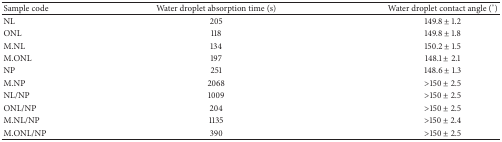
<table><thead><tr><td><b>Sample code</b></td><td><b>Water droplet absorption time (s)</b></td><td><b>Water droplet contact angle (°)</b></td></tr></thead><tbody><tr><td>NL</td><td>205</td><td>149.8 ± 1.2</td></tr><tr><td>ONL</td><td>118</td><td>149.8 ± 1.8</td></tr><tr><td>M.NL</td><td>134</td><td>150.2 ± 1.5</td></tr><tr><td>M.ONL</td><td>197</td><td>148.1 ± 2.1</td></tr><tr><td>NP</td><td>251</td><td>148.6 ± 1.3</td></tr><tr><td>M.NP</td><td>2068</td><td>&gt;150 ± 2.5</td></tr><tr><td>NL/NP</td><td>1009</td><td>&gt;150 ± 2.5</td></tr><tr><td>ONL/NP</td><td>204</td><td>&gt;150 ± 2.5</td></tr><tr><td>M.NL/NP</td><td>1135</td><td>&gt;150 ± 2.4</td></tr><tr><td>M.ONL/NP</td><td>390</td><td>&gt;150 ± 2.5</td></tr></tbody></table>